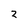
Character: 2